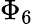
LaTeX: \Phi_{6}